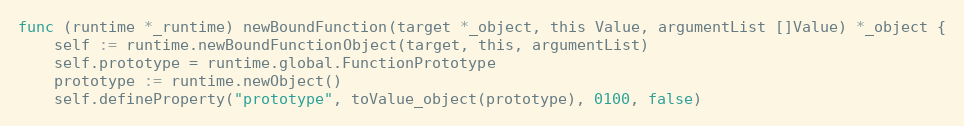
Language: Go
func (runtime *_runtime) newBoundFunction(target *_object, this Value, argumentList []Value) *_object {
	self := runtime.newBoundFunctionObject(target, this, argumentList)
	self.prototype = runtime.global.FunctionPrototype
	prototype := runtime.newObject()
	self.defineProperty("prototype", toValue_object(prototype), 0100, false)